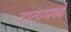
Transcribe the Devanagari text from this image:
दातामध्ये